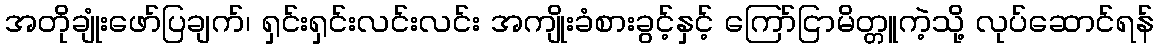
အတိုချုံးဖော်ပြချက်၊ ရှင်းရှင်းလင်းလင်း အကျိုးခံစားခွင့်နှင့် ကြော်ငြာမိတ္တူကဲ့သို့ လုပ်ဆောင်ရန်